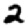
Digit: 2